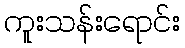
ကူးသန်းရောင်း